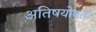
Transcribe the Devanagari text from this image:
अतिषयोक्ती